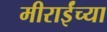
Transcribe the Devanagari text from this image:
मीराईंच्या